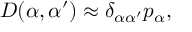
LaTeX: D ( \alpha , { \alpha ^ { \prime } } ) \approx \delta _ { \alpha { \alpha ^ { \prime } } } p _ { \alpha } ,